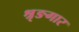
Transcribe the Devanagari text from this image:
श्रृङगार